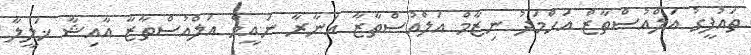
ތައުފީގު އަލްއުސްތާޒް އަހްމަދު ނިޒާމް އަލްއުސްތާޒާ އަނާރާ ނައީމް އަލްއުސްތާޒާ އާއިޝާ ޚަލީލާ